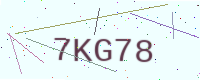
Text: 7KG78